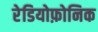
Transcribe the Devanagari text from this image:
रेडियोफ़ोनिक